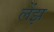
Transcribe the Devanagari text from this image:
लेंझ